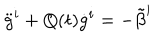
LaTeX: { \ddot { g } } ^ { i } + Q ( t ) { \dot { g } } ^ { i } = - { \tilde { \beta } } ^ { i }